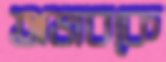
অভাবকে